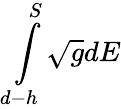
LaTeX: \int\limits_{d-h}^{S}\sqrt{g}dE